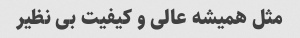
مثل همیشه عالی و کیفیت بی نظیر